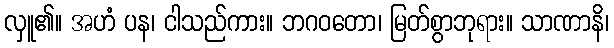
လှူ၏။ အဟံ ပန၊ ငါသည်ကား။ ဘဂဝတော၊ မြတ်စွာဘုရား။ သာဏာနိ၊